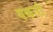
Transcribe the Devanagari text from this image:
वकारी